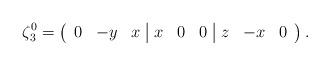
LaTeX: \begin{align*}\zeta_3^0=\left(\begin{array}{ccc|ccc|ccc} 0&-y&x &x&0&0 &z&-x&0 \end{array}\right).\end{align*}